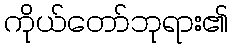
ကိုယ်တော်ဘုရား၏